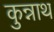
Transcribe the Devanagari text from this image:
कुन्नाथ